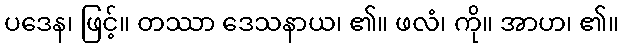
ပဒေန၊ ဖြင့်။ တဿာ ဒေသနာယ၊ ၏။ ဖလံ၊ ကို။ အာဟ၊ ၏။